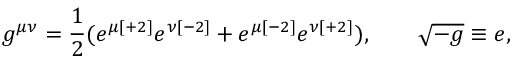
g ^ { \mu \nu } = { \frac { 1 } { 2 } } ( e ^ { \mu { [ + 2 ] } } e ^ { \nu { [ - 2 ] } } + e ^ { \mu { [ - 2 ] } } e ^ { \nu { [ + 2 ] } } ) , \qquad \sqrt { - g } \equiv e ,